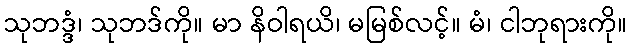
သုဘဒ္ဒံ၊ သုဘဒ်ကို။ မာ နိဝါရယိ၊ မမြစ်လင့်။ မံ၊ ငါဘုရားကို။